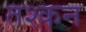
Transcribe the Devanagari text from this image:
तश्कन